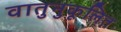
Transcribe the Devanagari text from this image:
वातुनुकूलित